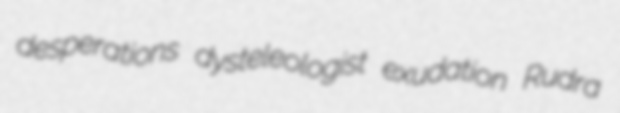
desperations dysteleologist exudation Rudra